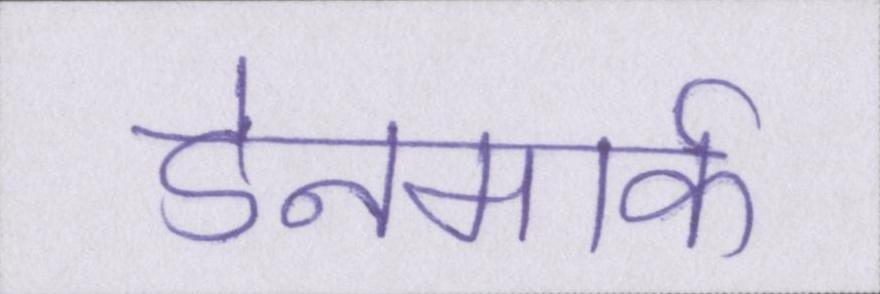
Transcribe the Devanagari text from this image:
डेनमार्क